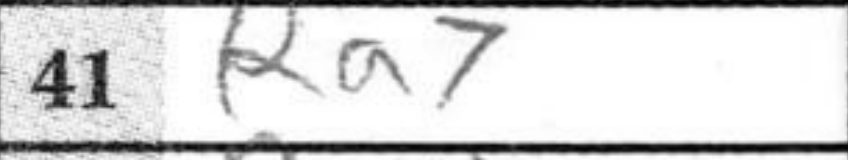
Transcription: Ra7